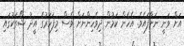
އަށް ވަނީ ނަށާފައެވެ. އެހެން ކަމުން ދިވެހިންނަށް ވެސް މިފަހަރުގެ އީދު ޝޯތަކުގައި